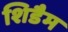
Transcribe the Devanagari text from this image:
शिडैम